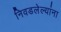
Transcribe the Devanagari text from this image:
निवडलेल्यांना